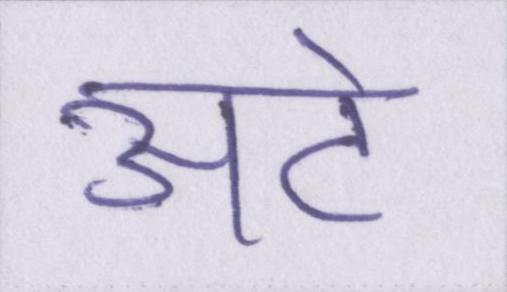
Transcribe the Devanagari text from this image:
अटे